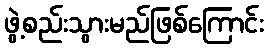
ဖွဲ့စည်းသွားမည်ဖြစ်ကြောင်း